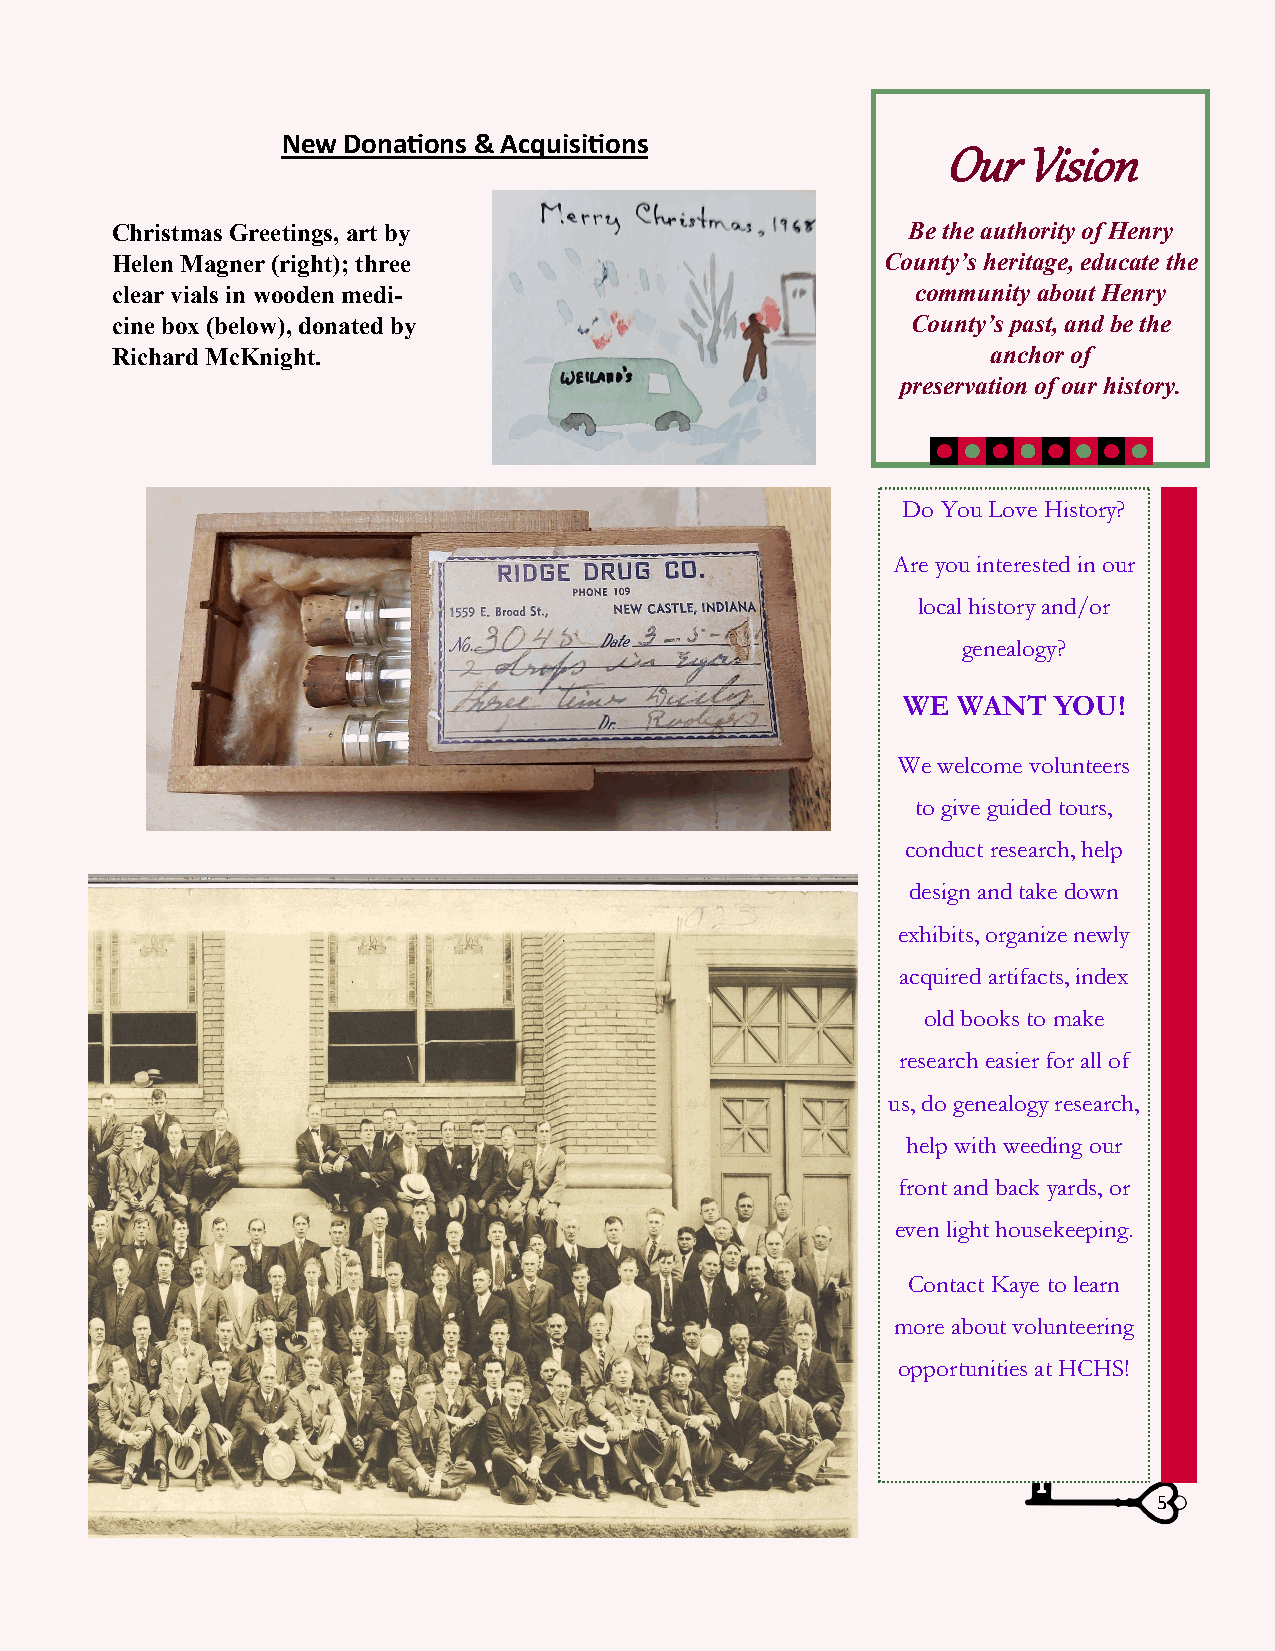
New Donations & Acquisitions
 Our   Vision
 Christmas Greetings, art by                          Be the authority of Henry
 Helen Magner (right); three                         County’s heritage, educate the
 clear vials in wooden medi-                           community about Henry
 cine box (below), donated by                         County’s past, and be the
 Richard McKnight.                                          anchor of
 preservation of our history.
 Do You Love History?
 Are you interested in our
 local history and/or
 genealogy?
 WE WANT   YOU!
 We welcome volunteers
 to give guided tours,
 conduct research, help
 design and take down
 exhibits, organize newly
 acquired artifacts, index
 old books to make
 research easier for all of
 us, do genealogy research,
 help with weeding our
 front and back yards, or
 even light housekeeping.
 Contact Kaye to learn
 more about volunteering
 opportunities at HCHS!
 5